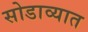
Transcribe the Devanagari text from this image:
सोडाव्यात